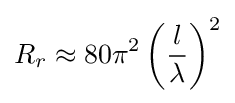
R_{r}\approx 80\pi ^{2}\left({\frac {l}{\lambda }}\right)^{2}